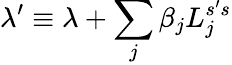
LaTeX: \lambda^{\prime}\equiv\lambda+\sum_{j}\beta_{j}L_{j}^{s^{\prime}s}